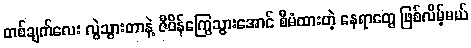
တစ်ချက်လေး လွဲသွားတာနဲ့ ဇီဝိန်ကြွေသွားအောင် စီမံထားတဲ့ နေရာတွေ ဖြစ်လိမ့်မယ်